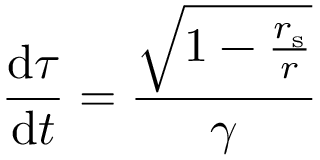
{ \frac { \mathrm { { d } } \tau } { \mathrm { { d } } t } } = { \frac { \sqrt { 1 - { \frac { r _ { \mathrm { { s } } } } { r } } } } { \gamma } }